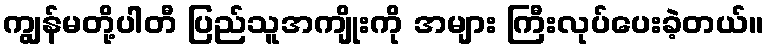
ကျွန်မတို့ပါတီ ပြည်သူအကျိုးကို အများ ကြီးလုပ်ပေးခဲ့တယ်။